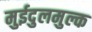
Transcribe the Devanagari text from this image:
मुईदुलमुल्क